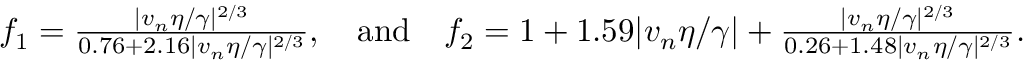
\begin{array} { r } { f _ { 1 } = \frac { | v _ { n } \eta / \gamma | ^ { 2 / 3 } } { 0 . 7 6 + 2 . 1 6 | v _ { n } \eta / \gamma | ^ { 2 / 3 } } , \quad \mathrm { a n d } \quad f _ { 2 } = 1 + 1 . 5 9 | v _ { n } \eta / \gamma | + \frac { | v _ { n } \eta / \gamma | ^ { 2 / 3 } } { 0 . 2 6 + 1 . 4 8 | v _ { n } \eta / \gamma | ^ { 2 / 3 } } . } \end{array}